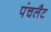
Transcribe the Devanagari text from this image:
पंचलैट